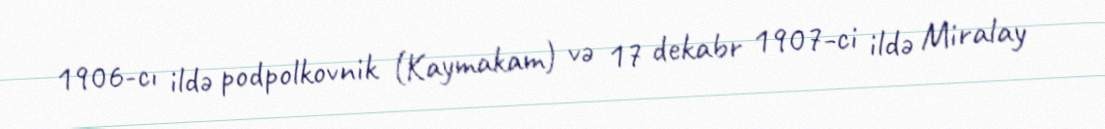
1906-cı ildə podpolkovnik (Kaymakam) və 17 dekabr 1907-ci ildə Miralay